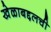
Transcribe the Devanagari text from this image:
खेळाबद्दलची